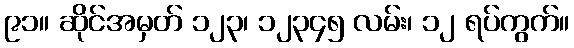
၉၁။ ဆိုင်အမှတ် ၁၂၃၊ ၁၂၃၄၅ လမ်း၊ ၁၂ ရပ်ကွက်။